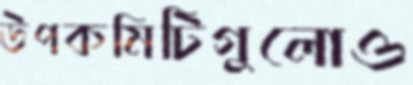
উপকমিটিগুলোও